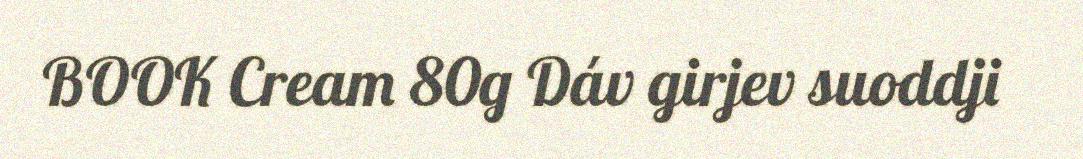
BOOK Cream 80g Dáv girjev suoddji